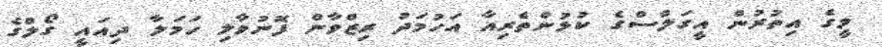
މީގެ އިތުރުން އީގަލްސްގެ ކުޅުންތެރިއާ އަހުމަދު ރިޒްވާން ފޮނުވާލި ހަމަލާ ދިއައީ ގޯލްގެ